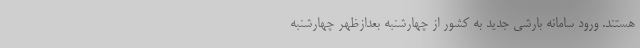
هستند. ورود سامانه بارشی جدید به کشور از چهارشنبه بعدازظهر چهارشنبه